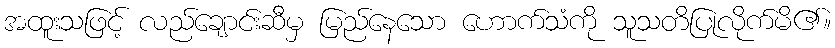
အထူးသဖြင့် လည်ချောင်းဆီမှ မြည်နေသော ဟောက်သံကို သူသတိပြုလိုက်မိ၏။